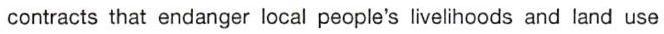
contracts that endanger local people's livelihoods and land use